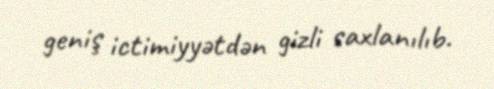
geniş ictimiyyətdən gizli saxlanılıb.